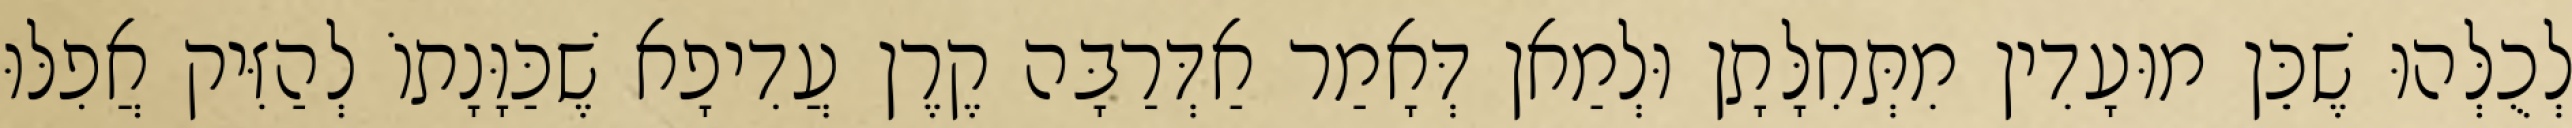
לְכֻלְּהוּ שֶׁכֵּן מוּעָדִין מִתְּחִלָּתָן וּלְמַאן דְּאָמַר אַדְּרַבָּה קֶרֶן עֲדִיפָא שֶׁכַּוָּנָתוֹ לְהַזִּיק אֲפִלּוּ